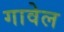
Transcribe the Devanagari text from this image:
गावेल